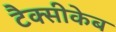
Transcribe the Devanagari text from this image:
टैक्सीकेब